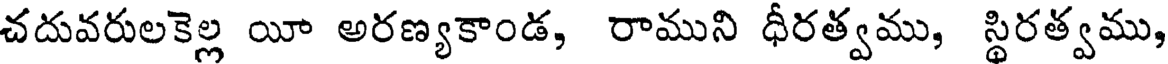
చదువరులకెల్ల యీ అరణ్యకాండ, రాముని ధీరత్వము, స్థిరత్వము,